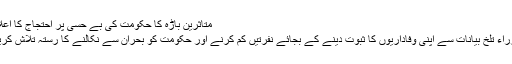
متاثرین باڑہ کا حکومت کی بے حسی پر احتجاج کا اعلان
وزراء تلخ بیانات سے اپنی وفاداریوں کا ثبوت دینے کے بجائے نفرتیں کم کرنے اور حکومت کو بحران سے نکالنے کا رستہ تلاش کریں۔